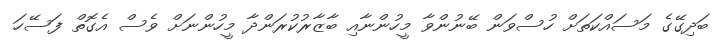
ބަދިގޭގެ މަސައްކަތަށް ހުސްވަން ބޭނުންވާ މީހުންނާއި ބާޒާރުކުރަންދާ މީހުންނަށް ވެސް އެގޮތް ފަސޭހަ